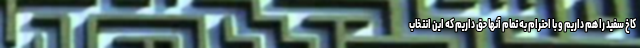
کاخ سفید را هم داریم و با احترام به تمام آنها حق داریم که این انتخاب